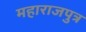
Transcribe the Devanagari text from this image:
महाराजपुत्र